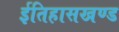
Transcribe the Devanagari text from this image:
ईतिहासखण्ड